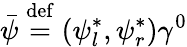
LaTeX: \bar{\psi}\stackrel{\mathrm{def}}{=}(\psi_{l}^{\ast},\psi_{r}^{\ast})\gamma^{0}